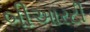
બીઆરટી